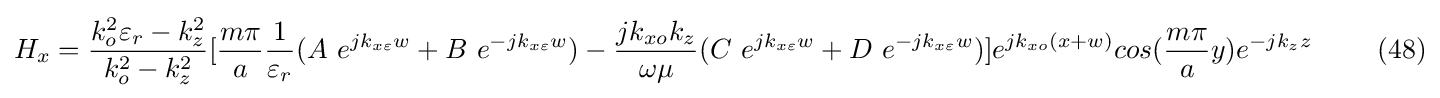
H_{x}={\frac {k_{o}^{2}\varepsilon _{r}-k_{z}^{2}}{k_{o}^{2}-k_{z}^{2}}}[{\frac {m\pi }{a}}{\frac {1}{\varepsilon _{r}}}(A\ e^{jk_{x\varepsilon }w}+B\ e^{-jk_{x\varepsilon }w})-{\frac {jk_{xo}k_{z}}{\omega \mu }}(C\ e^{jk_{x\varepsilon }w}+D\ e^{-jk_{x\varepsilon }w})]e^{jk_{xo}(x+w)}cos({\frac {m\pi }{a}}y)e^{-jk_{z}z}\ \ \ \ \ \ \ (48)